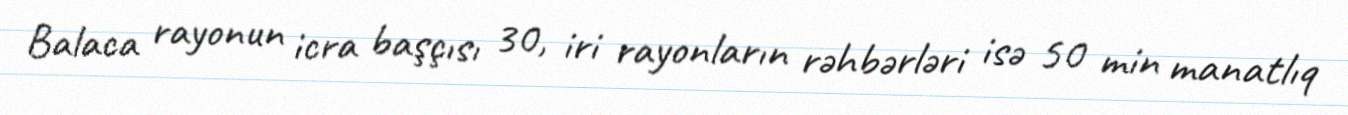
Balaca rayonun icra başçısı 30, iri rayonların rəhbərləri isə 50 min manatlıq